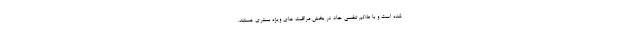
شده است و با علائم تنفسی حاد در بخش مراقبت های ویژه بستری هستند.